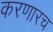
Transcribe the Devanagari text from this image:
करणारच